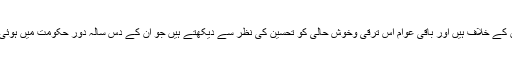
ابتداءمیں ایوب خان کو شاید یہ خوش فہمی تھی کہ عوام کے صرف چند طبقات ان کے خلاف ہیں اور باقی عوام اس ترقی وخوش حالی کو تحسین کی نظر سے دیکھتے ہیں جو ان کے دس سالہ دورِ حکومت میں ہوئی تھی اور ایک بہت بڑی اکثریت ان کے اقتدار کو تسلیم کرنے کے لئے تیار نہیں۔